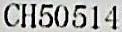
CH50514